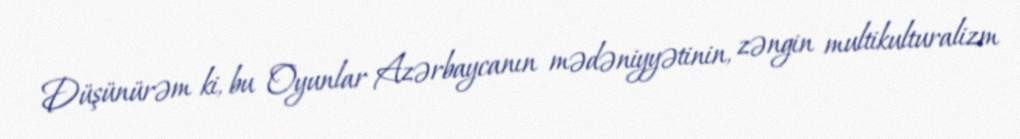
Düşünürəm ki, bu Oyunlar Azərbaycanın mədəniyyətinin, zəngin multikulturalizm